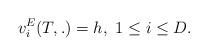
LaTeX: \begin{align*}v^E_i(T,.)=h,~ 1\leq i\leq D.\end{align*}